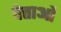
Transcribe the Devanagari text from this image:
वेत्ताओं